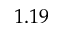
1 . 1 9